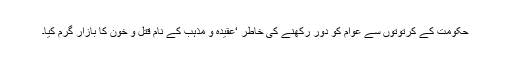
حکومت کے کرتوتوں سے عوام کو دور رکھنے کی خاطر ‘عقیدہ و مذہب کے نام قتل و خون کا بازار گرم کیا۔